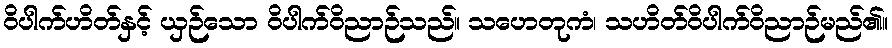
ဝိပါက်ဟိတ်နှင့် ယှဉ်သော ဝိပါက်ဝိညာဉ်သည်။ သဟေတုကံ၊ သဟိတ်ဝိပါက်ဝိညာဉ်မည်၏။